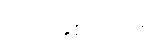
လက်နှစ်ဖက်ကို